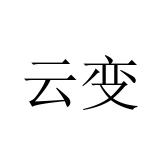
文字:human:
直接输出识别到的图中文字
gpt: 云变